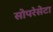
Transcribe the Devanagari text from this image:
सोपरेसेटा